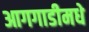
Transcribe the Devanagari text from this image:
आगगाडीमधे